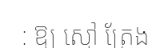
: ឱ្យ ស្មៅ ត្រែង